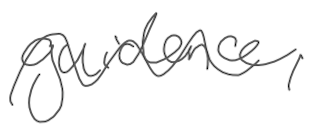
Text: guidance,
Cross-out: wave
Writing tool: digital_gray